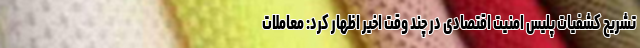
تشریح کشفیات پلیس امنیت اقتصادی در چند وقت اخیر اظهار کرد: معاملات